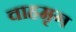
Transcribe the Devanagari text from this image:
वाहमृग